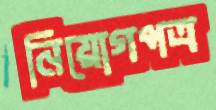
নিয়োগপত্র